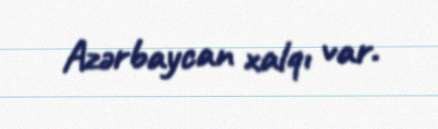
Azərbaycan xalqı var.